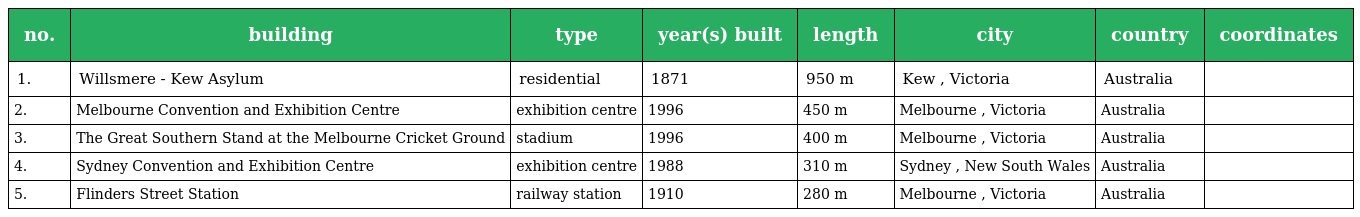
| no. | building | type | year(s) built | length | city | country | coordinates |
 | --- | --- | --- | --- | --- | --- | --- | --- |
 | 1. | Willsmere - Kew Asylum | residential | 1871 | 950 m | Kew , Victoria | Australia |  |
 | 2. | Melbourne Convention and Exhibition Centre | exhibition centre | 1996 | 450 m | Melbourne , Victoria | Australia |  |
 | 3. | The Great Southern Stand at the Melbourne Cricket Ground | stadium | 1996 | 400 m | Melbourne , Victoria | Australia |  |
 | 4. | Sydney Convention and Exhibition Centre | exhibition centre | 1988 | 310 m | Sydney , New South Wales | Australia |  |
 | 5. | Flinders Street Station | railway station | 1910 | 280 m | Melbourne , Victoria | Australia |  |